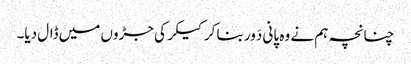
چنانچہ ہم نے وہ پانی دَور بنا کر کیکر کی جڑوں میں ڈال دیا۔